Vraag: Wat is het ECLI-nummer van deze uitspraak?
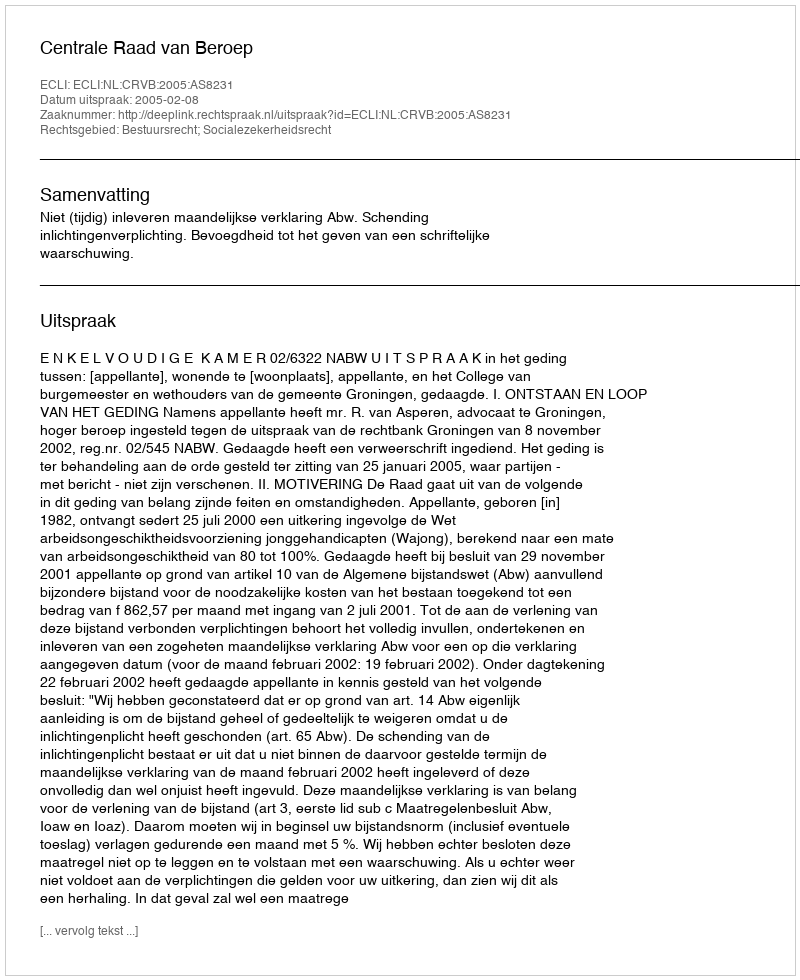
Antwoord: ECLI:NL:CRVB:2005:AS8231